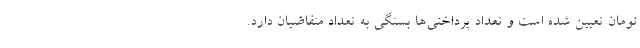
تومان تعیین شده است و تعداد پرداختی‌ها بستگی به تعداد متقاضیان دارد.